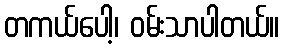
တကယ်ပေါ့၊ ဝမ်းသာပါတယ်။